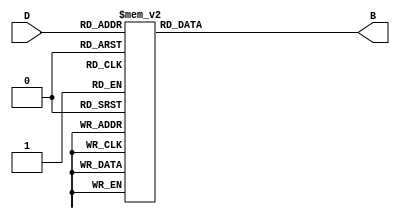
module DecimalToBinaryEncoder (
    input  wire [3:0] D, // 4-bit decimal input
    output reg  [3:0] B  // 4-bit binary output
);

// Combinational logic to encode the decimal input to binary output
always @(*) begin
    case (D)
        4'b0000: B = 4'b0000; // 0
        4'b0001: B = 4'b0001; // 1
        4'b0010: B = 4'b0010; // 2
        4'b0011: B = 4'b0011; // 3
        4'b0100: B = 4'b0100; // 4
        4'b0101: B = 4'b0101; // 5
        4'b0110: B = 4'b0110; // 6
        4'b0111: B = 4'b0111; // 7
        4'b1000: B = 4'b1000; // 8
        4'b1001: B = 4'b1001; // 9
        default: B = 4'b0000; // Invalid input, output 0000
    endcase
end

endmodule